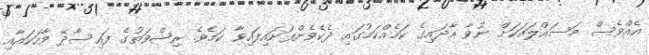
އެއްވެސް މަސައްލައަކަށް ނުވާ އާދައިގެ ކަމެއްކަމުގައި ދެކެވެންފަށައިފައިވާ ކަމެވެ. ރިޝްވަތުގެ ފައިސާދޭ ވާހަކައާއި